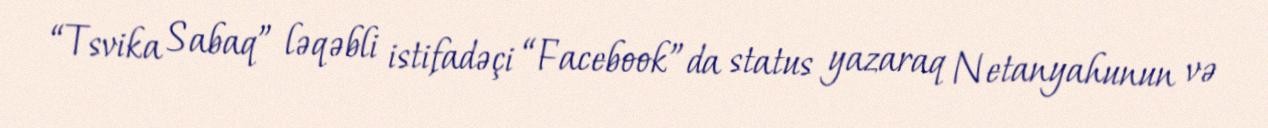
“Tsvika Sabaq” ləqəbli istifadəçi “Facebook”da status yazaraq Netanyahunun və